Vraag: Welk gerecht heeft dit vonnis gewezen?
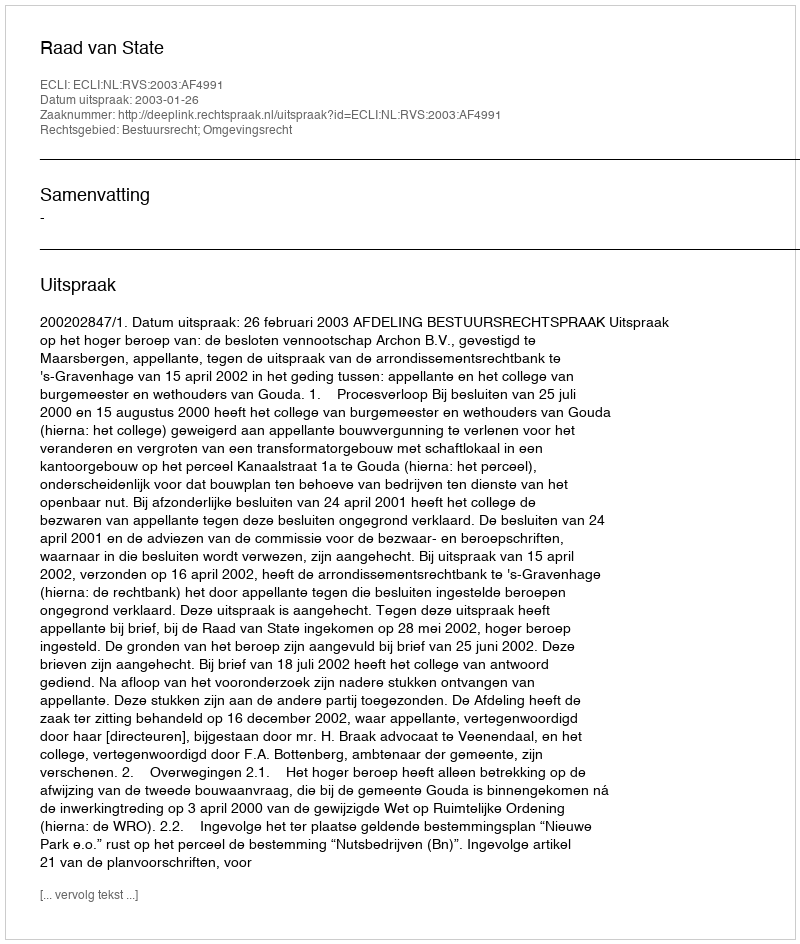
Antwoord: Raad van State